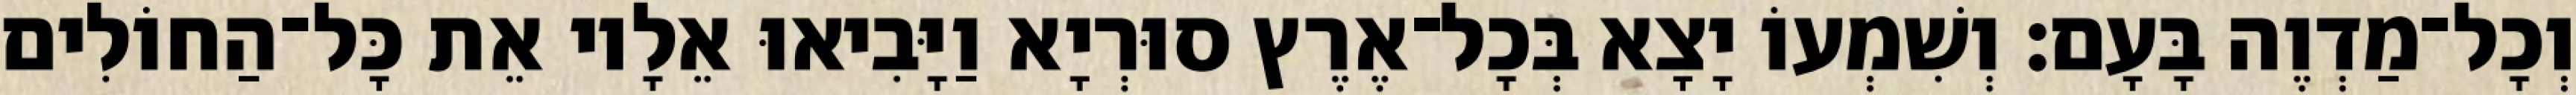
וְכָל־מַדְוֶה בָּעָם׃ וְשִׁמְעוֹ יָצָא בְּכָל־אֶרֶץ סוּרְיָא וַיָּבִיאוּ אֵלָיו אֵת כָּל־הַחוֹלִים